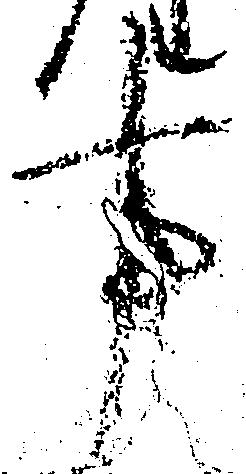
事